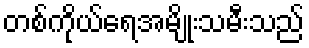
တစ်ကိုယ်ရေအမျိုးသမီးသည်